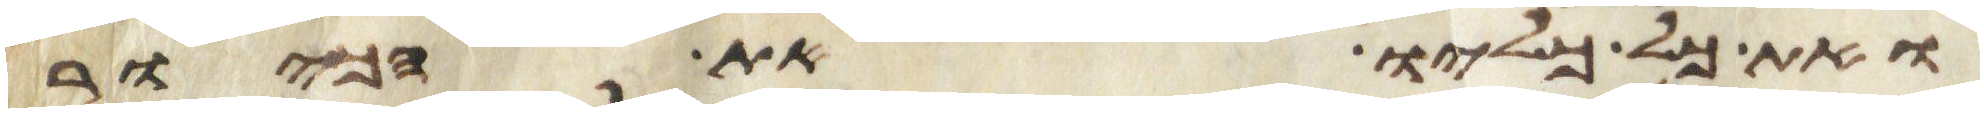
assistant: ואת כל כליו את הכיור